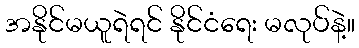
အနိုင်မယူရဲရင် နိုင်ငံရေး မလုပ်နဲ့။